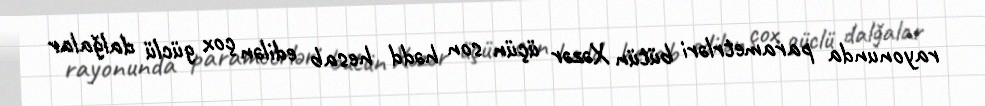
rayonunda parametrləri bütün Xəzər üçün son hədd hesab edilən çox güclü dalğalar